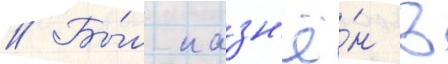
// Бы́л казн'ё́н в